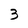
Character: 3